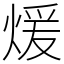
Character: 煖